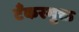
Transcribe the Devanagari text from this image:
टँकरमुक्त